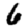
Digit: 6